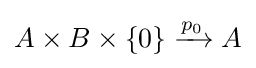
{A\times B\times \{0\}}\xrightarrow {p_{0}} A